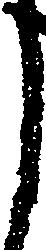
し